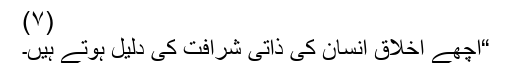
(٧)
“اچھے اخلاق انسان کی ذاتی شرافت کی دلیل ہوتے ہیں۔